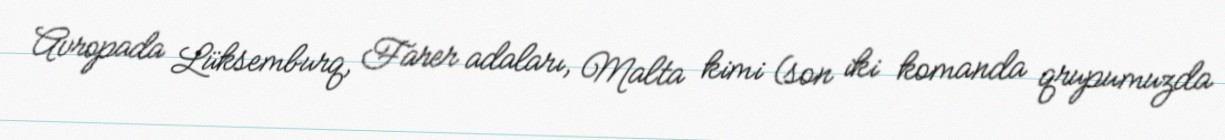
Avropada Lüksemburq, Farer adaları, Malta kimi (son iki komanda qrupumuzda